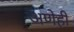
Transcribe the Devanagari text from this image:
अणेही